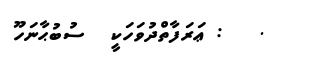
.   : ޢަރަފާތްދުވަހަކީ  ސުބުޙާނަހޫ